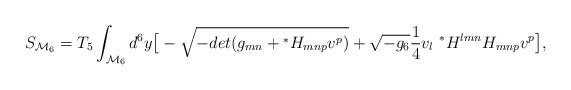
LaTeX: \begin{align*}S_{{\cal M}_6}=T_5\int_{{\cal M}_6} d^6 y \big[-\sqrt{-det(g_{mn} +{}^*{H}_{mnp}v^p)}+\sqrt{-g_{6}}{1\over {4}}v_l{~}^*H^{lmn}H_{mnp}v^p\big],\end{align*}